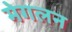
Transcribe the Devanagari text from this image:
मेगलन